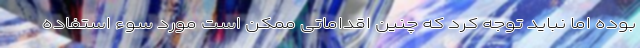
بوده اما نباید توجه کرد که چنین اقداماتی ممکن است مورد سوء استفاده